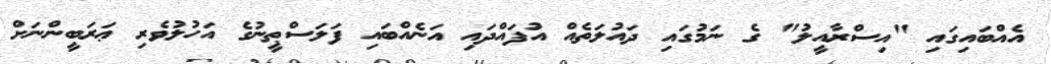
އެއްބައިގައި "އިސްރާއީލު" ގެ ނަމުގައި ދައުލަތެއް އުފައްދައި އަނެއްބައި ފަލަސްޠީނުގެ އަހުލުވެރި ޢަަރަބީންނަށް